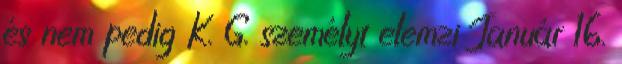
és nem pedig K. G. személyt elemzi Január 16.